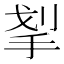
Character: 𰓛